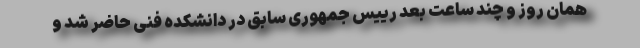
همان روز و چند ساعت بعد رییس جمهوری سابق در دانشکده فنی حاضر شد و